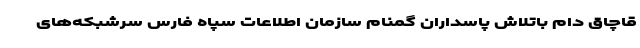
قاچاق دام باتلاش پاسداران گمنام سازمان اطلاعات سپاه فارس سرشبکه‌های